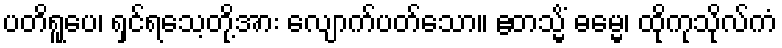
ပတိရူပေ၊ ရှင်ရသေ့တို့အား လျောက်ပတ်သော။ ဧတသ္မိံ ဓမ္မေ၊ ထိုကုသိုလ်ကံ